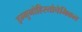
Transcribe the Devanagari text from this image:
इम्मुनोहिस्तोचेमिकल